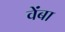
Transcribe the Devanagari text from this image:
वेंबा